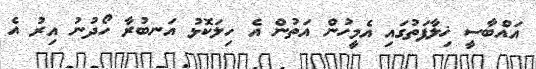
އައްބާސީ ޚިލާފަތުގައި އެމީހުން އަތުން އެ ހިލަކޮޅު އަނބުރާ ހޯދުނު އިރު އެ